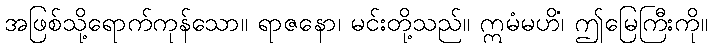
အဖြစ်သို့ရောက်ကုန်သော။ ရာဇနော၊ မင်းတို့သည်။ ဣမံမဟိံ၊ ဤမြေကြီးကို။